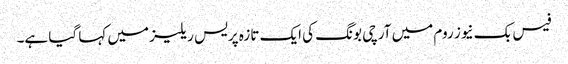
فیس بک نیوز روم میں آرچی بونگ کی ایک تازہ پریس ریلیز میں کہا گیا ہے۔